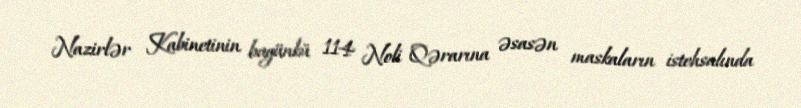
Nazirlər Kabinetinin bugünkü 114 №li Qərarına əsasən maskaların istehsalında